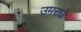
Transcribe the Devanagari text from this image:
उमराळे